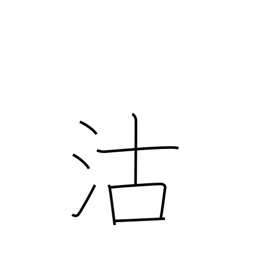
Meaning: buying & selling